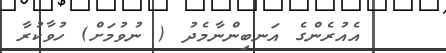
އެއުރެންގެ އަނބިންނާމެދު ( ނުވުމަށް) ހުވާކުރާ